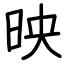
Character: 映